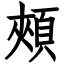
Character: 頰